Sketch of the medical history of the native army of Bombay, for the year
Year: 1876
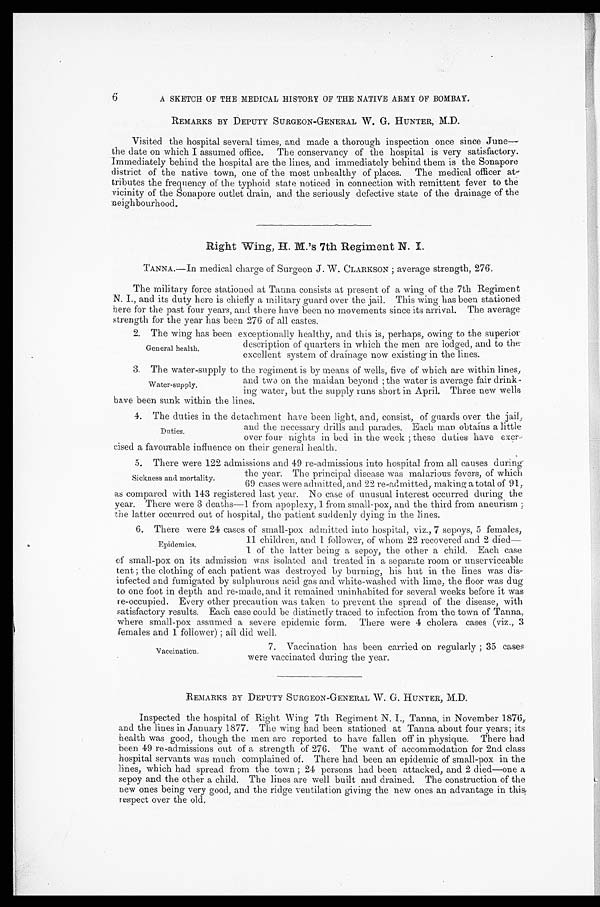
6
A SKETCH OF THE MEDICAL HISTORY OF THE NATIVE ARMY OF BOMBAY.
REMARKS BY DEPUTY SURGEON-GENERAL W. G. HUNTER, M.D.
Visited the hospital several times, and made a thorough inspection once since June—
the date on which I assumed office. The conservancy of the hospital is very satisfactory.
Immediately behind the hospital are the lines, and immediately behind them is the Sonapore
district of the native town, one of the most unhealthy of places. The medical officer at
-
tributes the frequency of the typhoid state noticed in connection with remittent fever to the
vicinity of the Sonapore outlet drain, and the seriously defective state of the drainage of the
neighbourhood,
Right Wing, H. M.'s 7th Regiment N. I.
TANNA.—In medical charge of Surgeon J. W . CLARKSON; average strength, 276.
The military force stationed at Tanna consists at present of a wing of the 7th Regiment
N . I . , a n d i t s d u t y h e r e i s c h i e f l y a m i l i t a r y g u a r d o v e r t h e j a i l . T h i s w i n g h a s b e e n s t a t i o n e d
here for the past four years, and there have been no movements since its arrival. The average
strength for the year has been 276 of all castes.
2 . T h e w i n g h a s b e e n e x c e p t i o n a l l y h e a l t h y , a n d t h i s i s , p e r h a p s , o w i n g t o t h e s u p e r i o r
description of quarters in which the men are lodged, and to the
excellent system of drainage now existing in the lines.
3 . T h e w a t e r - s u p p l y t o t h e r e g i m e n t i s b y m e a n s o f w e l l s , f i v e o f w h i c h a r e w i t h i n l i n e s ,
and two on the maidan beyond; the water is average fair drink
-
ing water, but the supply runs short in April. Three new wells
have been sunk within the lines.
4. The duties in the detachment have been light, and, consist, of guards over the jail,
and the necessary drills and parades. Each man obtains a little
over four nights in bed in the week; these duties have ex
e r -
cised a favourable influence on their general health.
5. There were 122 admissions and 49 re-admissions into hospital from all causes during
the year. The principal disease was malarious fevers, of which
69 cases were admitted, and 22 re-admitted, making a total of 91,
as compared with 143 registered last year. No case of unusual interest occurred during the
year. There were 3 deaths—1 from apoplexy, 1 from small-pox, and the third from aneurism;
the latter occurred out of hospital, the patient suddenly dying in the lines.
6. There were 24 cases of small-pox admitted into hospital, viz., 7 sepoys, 5 females,
11 children, and 1 follower, of whom 22 recovered and 2 died
—
1 of the latter being a sepoy, the other a child. Each case
of small-pox on its admission was isolated and treated in a separate room or unserviceable
tent; the clothing of each patient was destroyed by burning, his hut in the lines was dis
-
infected and fumigated by sulphurous acid gas and white-washed with lime, the floor was dug
to one foot in depth and re-made, and it remained uninhabited for several weeks before it was
re-occupied. Every other precaution was taken to prevent the spread of the disease, with
satisfactory results. Each case could be distinctly traced to infection from the town of Tanna,
where small-pox assumed a severe epidemic form. There were 4 cholera cases (viz., 3
females and 1 follower); all did well.
General health.
Water-supply.
Sickness and mortality.
Epidemics.
Vaccination.
7. Vaccination has been carried on regularly; 35 cases
were vaccinated during the year.
REMARKS BY DEPUTY SURGEON-GENERAL W. G. HUNTER, M.D.
Inspected the hospital of Right Wing 7th Regiment N. I., Tanna, in November 1876,
and the lines in January 1877. The wing had been stationed at Tanna about four years; its
health was good, though the men are reported to have fallen off in physique. There had
been 49 re-admissions out of a strength of 276. The want of accommodation for 2nd class
hospital servants was much complained of. There had been an epidemic of small-pox in the
lines, which had spread from the town; 24 persons had been attacked, and 2 died—one a
sepoy and the other a child. The lines are well built and drained. The construction of the
new ones being very good, and the ridge ventilation giving the new ones an advantage in this
respect over the old.